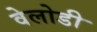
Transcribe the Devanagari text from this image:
वेलोडी